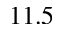
1 1 . 5